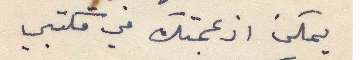
يمكن ازعجتك في مكتبي